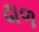
ઢાળ